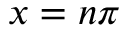
x = n \pi